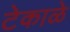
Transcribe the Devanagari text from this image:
टेकाळे